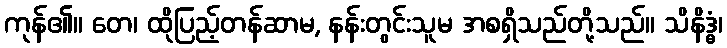
ကုန်၏။ တေ၊ ထိုပြည့်တန်ဆာမ, နန်းတွင်းသူမ အစရှိသည်တို့သည်။ သိနိဒ္ဓံ၊